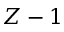
Z - 1